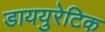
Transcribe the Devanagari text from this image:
डाययुरेटिक